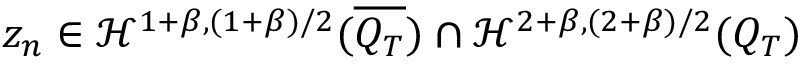
z _ { n } \in \mathcal { H } ^ { 1 + \beta , ( 1 + \beta ) / 2 } ( \overline { { Q _ { T } } } ) \cap \mathcal { H } ^ { 2 + \beta , ( 2 + \beta ) / 2 } ( Q _ { T } )